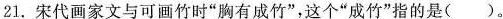
21.宋代画家文与可画竹时”胸有成竹”，这个”成竹”指的是( )。